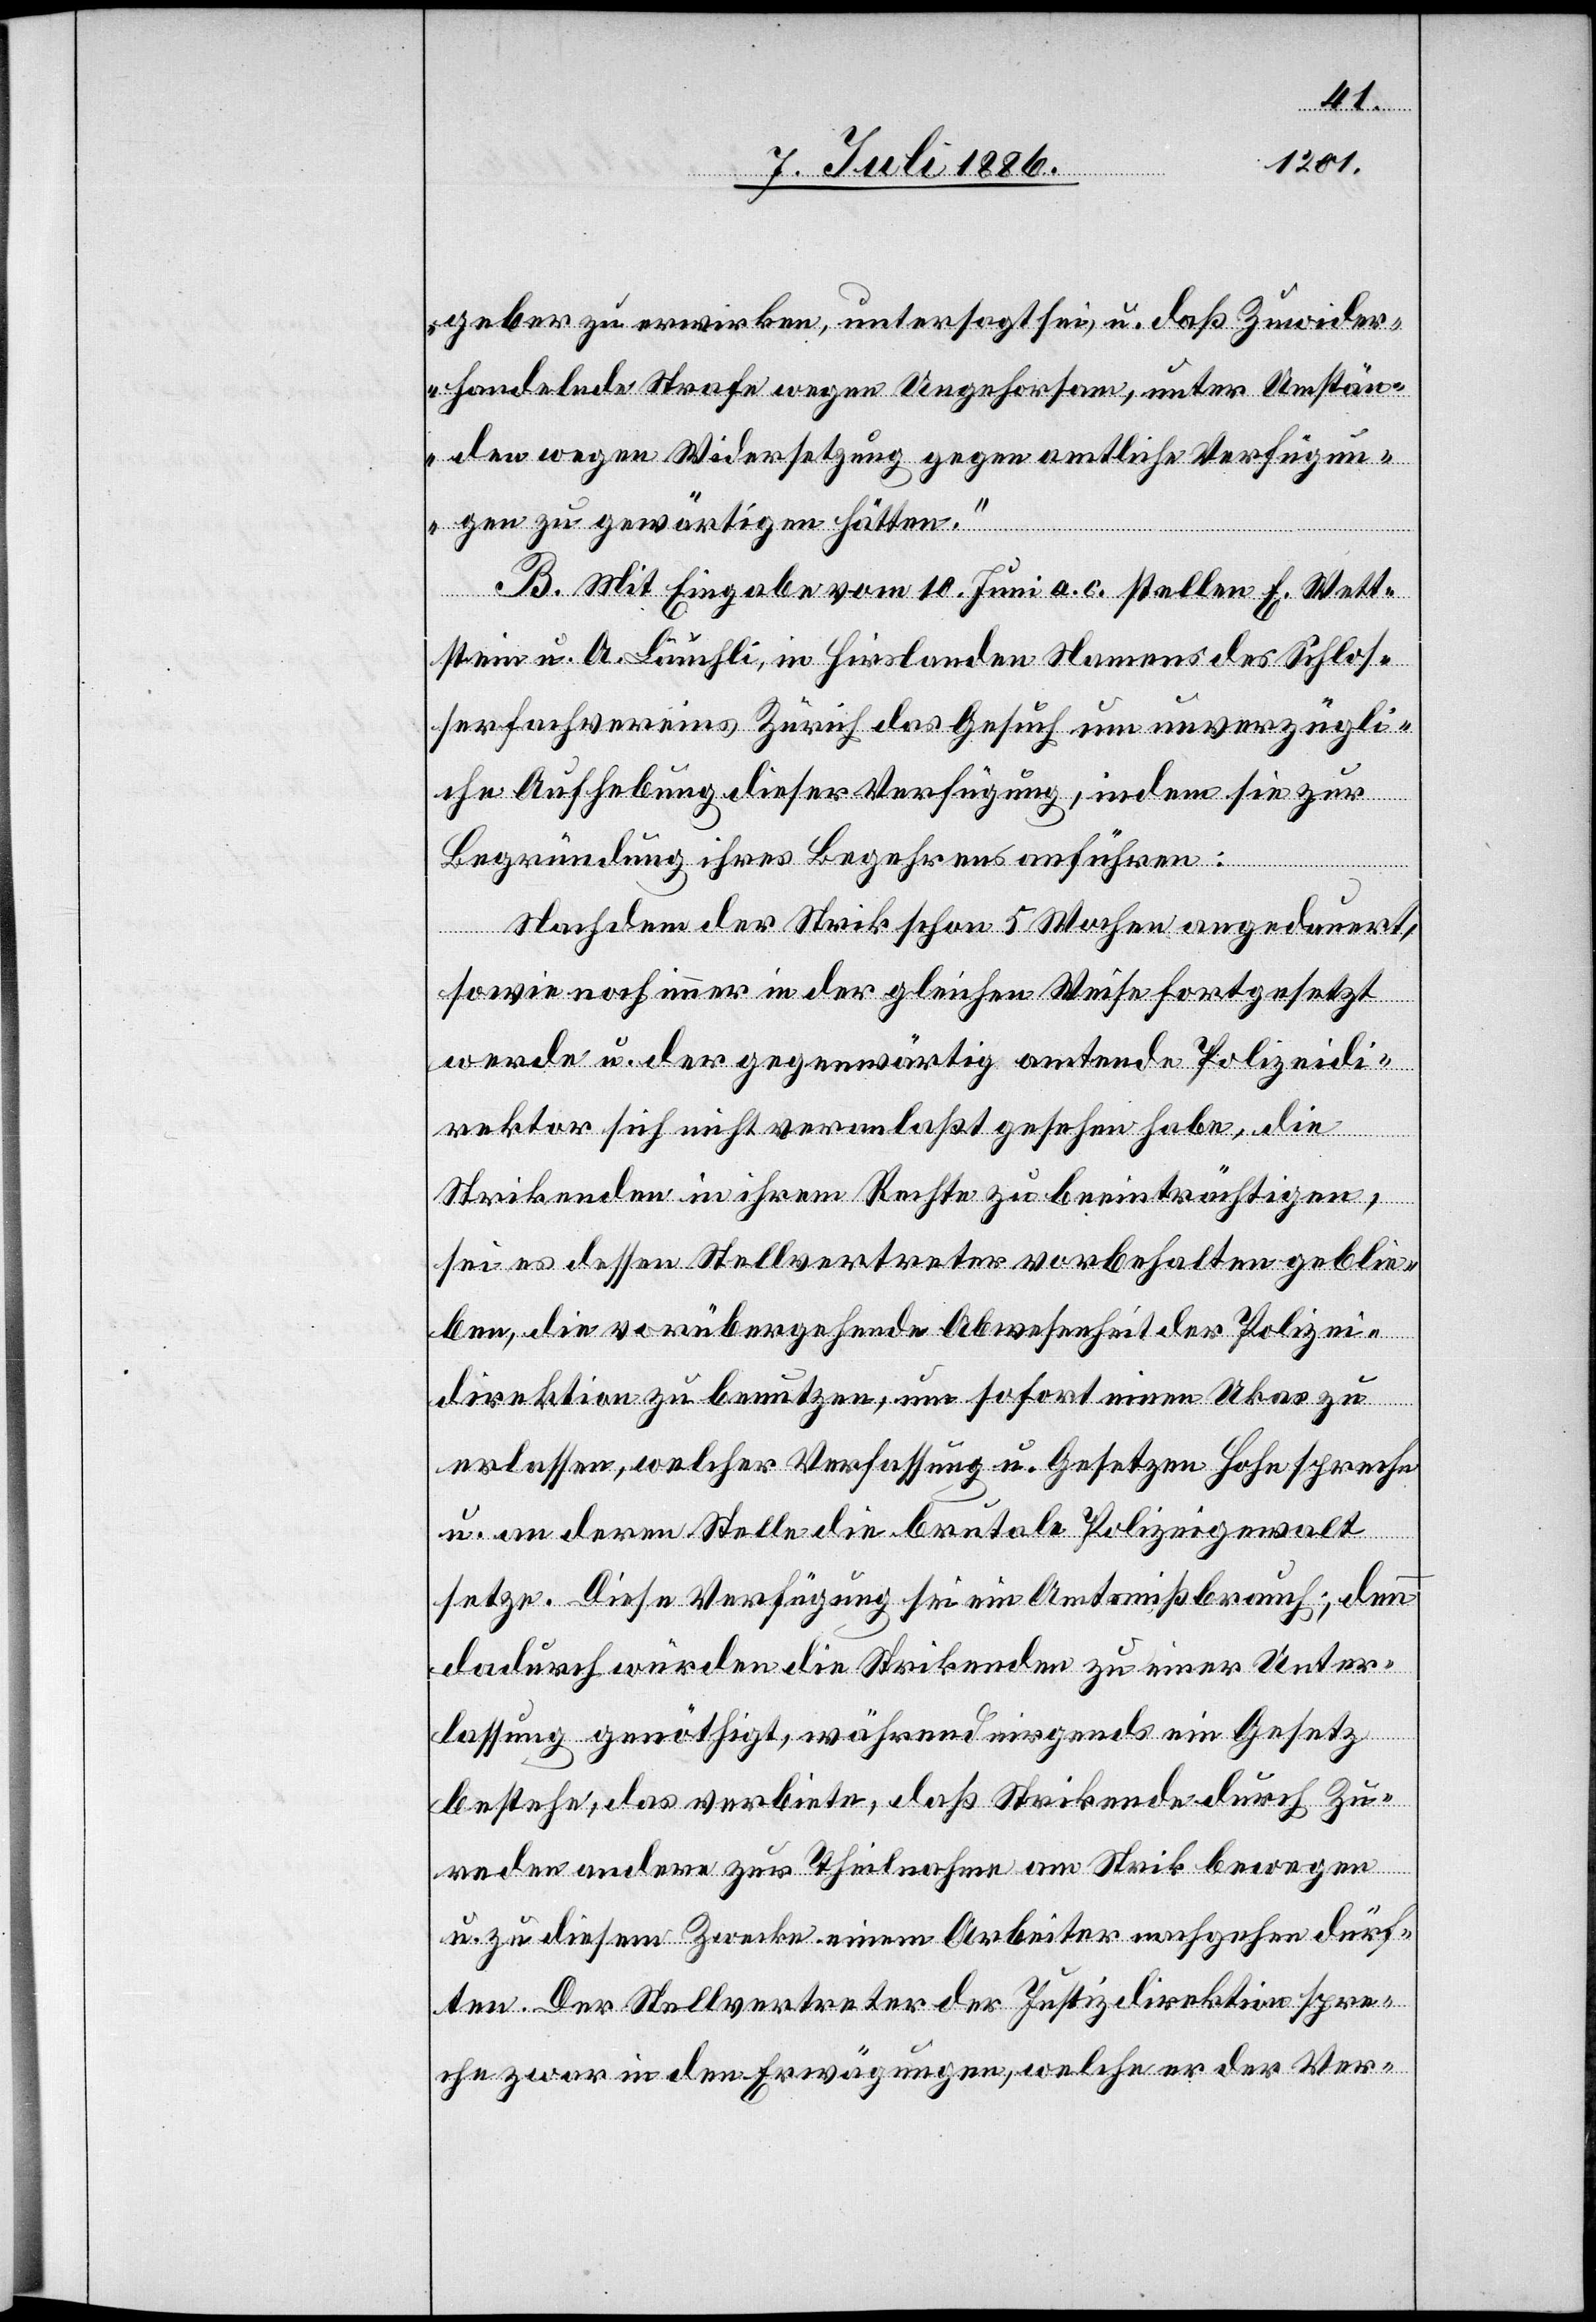
geber zu erwirken, untersagt sei, u. daß Zuwider¬
handelnde Strafe wegen Ungehorsams, unter Umstän¬
den wegen Widersetzung gegen amtliche Verfügun¬
gen zu gewärtigen hätten.“
B. Mit Eingabe vom 10. Juni a. c. stellen E. Wett¬
stein u. A. Läuchli, in Hirslanden Namens des Schlos¬
serfachvereins Zürich das Gesuch um unverzügli¬
che Aufhebung dieser Verfügung, indem sie zur
Begründung ihres Begehrens anführen:
Nachdem der Strik schon 5 Wochen andauert,
sowie noch immer in der gleichen Weise fortgesetzt
werde u. der gegenwärtig amtende Polizeidi¬
rektor sich nicht veranlaßt gesehen habe, die
Strikenden in ihrem Rechte zu beeinträchtigen,
sei es dessen Stellvertreter vorbehalten geblie¬
ben, die vorübergehende Abwesenheit der Polizei¬
direktion zu benutzen, um sofort einen Ukas zu
erlassen, welcher Verfassung u. Gesetzen Hohn spreche
u. an deren Stelle die brutale Polizeigewalt
setzte. Diese Verfügung sei ein Amtsmißbrauch; denn
dadurch würden die Strikenden zu einer Unter¬
lassung genöthigt, während nirgends ein Gesetz
bestehe, das verbiete, daß Strikende durch Zu¬
reden andere zur Theilnahme am Strik bewegen
u. zu diesem Zwecke einem Arbeiter nachgehen dürf¬
ten. Der Stellvertreter der Justizdirektion spre¬
che zwar in den Erwägungen, welche er der Ver-